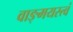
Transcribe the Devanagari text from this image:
वाङ्‌मयस्त्वं